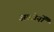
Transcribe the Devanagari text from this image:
अल्जेर्नों